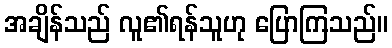
အချိန်သည် လူ၏ရန်သူဟု ပြောကြသည်။